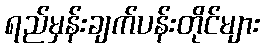
ရည်မှန်းချက်ပန်းတိုင်များ